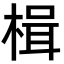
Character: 楫